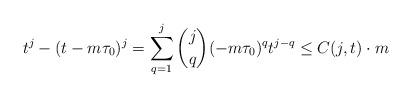
LaTeX: \begin{align*} t^j- (t-m\tau_0)^j = \sum_{q=1}^{j} {j \choose q} (-m\tau_0)^q t^{j-q} \leq C(j,t) \cdot m\end{align*}